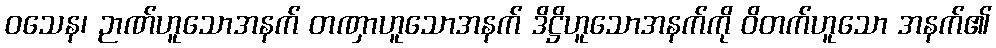
ဝသေန၊ ဉာဏ်ဟူသောအနက် တဏှာဟူသောအနက် ဒိဋ္ဌိဟူသောအနက်ကို ဝိတက်ဟူသော အနက်၏